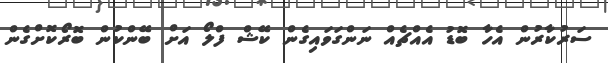
ސަރުކާރުން އެހާ ބޮޑު އެއްޗެއް ނަންގަވައިގެން ކޭޝް ފްލޯ އަށް ބޭންކުން ބޮރޯކޮށްގެން